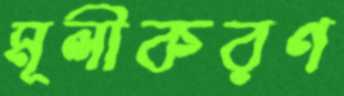
মূলীকরণ